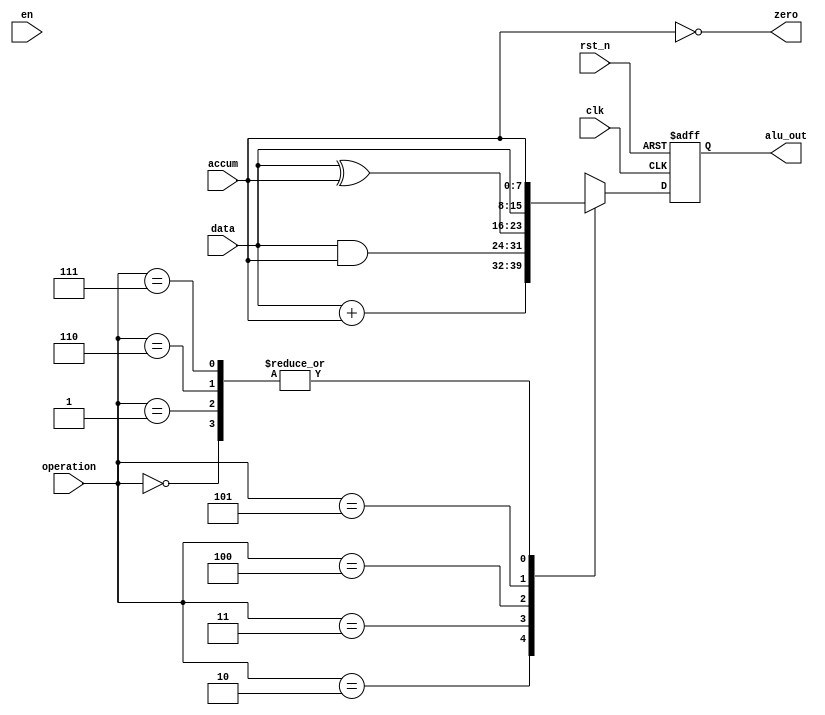
`timescale 1ns / 1ps

module alu(
	input clk,
	input rst_n,
	input en,
	input [7:0] accum,
	input [7:0] data,
	input [2:0] operation,
	output zero,
	output reg [7:0] alu_out
);
	
	parameter 
	HLT = 3'b000,
	SKZ = 3'b001,
	ADD = 3'b010,
	AND = 3'b011,
	XOR = 3'b100,
	LDA = 3'b101,
	STO = 3'b110,
	JMP = 3'b111;
	
	assign zero = !accum;
	
	always@(posedge clk or negedge rst_n) begin
		if(!rst_n) alu_out <= 8'bxxxx_xxxx;
		else
			casex(operation)
				HLT :alu_out <= accum;
				SKZ :alu_out <= accum;
				ADD :alu_out <= data + accum;
				AND :alu_out <= data & accum;
				XOR :alu_out <= data ^ accum;
				LDA :alu_out <= data;
				STO :alu_out <= accum;
				JMP :alu_out <= accum;
				default: alu_out <= 8'bxxxx_xxxx;
			endcase  
	end

endmodule